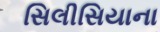
સિલીસિયાના